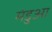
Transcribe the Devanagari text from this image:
मंडुआ